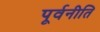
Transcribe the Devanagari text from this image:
पूर्वनीति